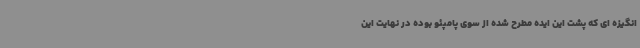
انگیزه ای که پشت این ایده مطرح شده از سوی پامپئو بوده در نهایت این